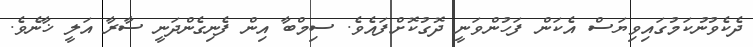
ދެކެވުނުކަމުގައިވިޔަސް އެކަން ފަހުންވަނީ ދޮގުކޮށްފައެވެ. ސިމްބާ އިން ފެނިގެންދަނީ ސާރާ އަލީ ޚާނެވެ.